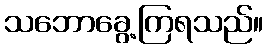
သဘောခွေ့ကြရသည်။